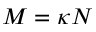
M = \kappa N